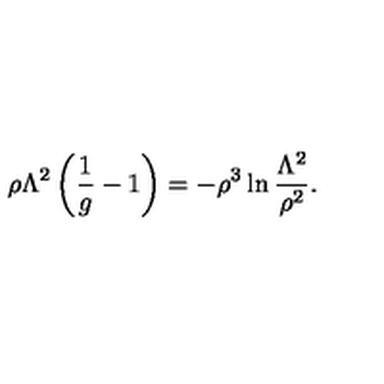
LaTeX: \rho \Lambda ^ { 2 } \left( \frac { 1 } { g } - 1 \right) = - \rho ^ { 3 } \ln \frac { \Lambda ^ { 2 } } { \rho ^ { 2 } } .